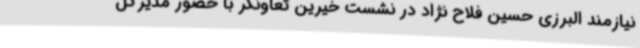
نیازمند البرزی حسین فلاح نژاد در نشست خیرین تعاونگر با حضور مدیرکل